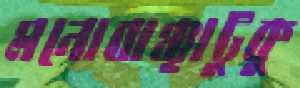
মনোবাঞ্ছাটুকু